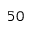
5 0